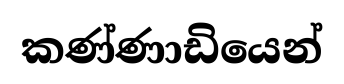
කණ්ණාඩියෙන්